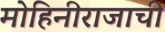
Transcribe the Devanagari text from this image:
मोहिनीराजाची